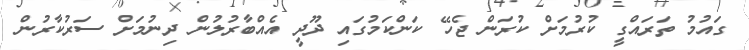
ގައުމު ތަރައްގީ ކުރުމަށް ކުރަން ޖެހޭ ކަންކަމުގައި ދޫދީ އެއްބާރުލުން ދިނުމަށް ސަރުކާރުން